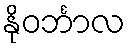
နိုဝင်္ဘာလ